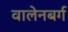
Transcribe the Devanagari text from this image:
वालेनबर्ग